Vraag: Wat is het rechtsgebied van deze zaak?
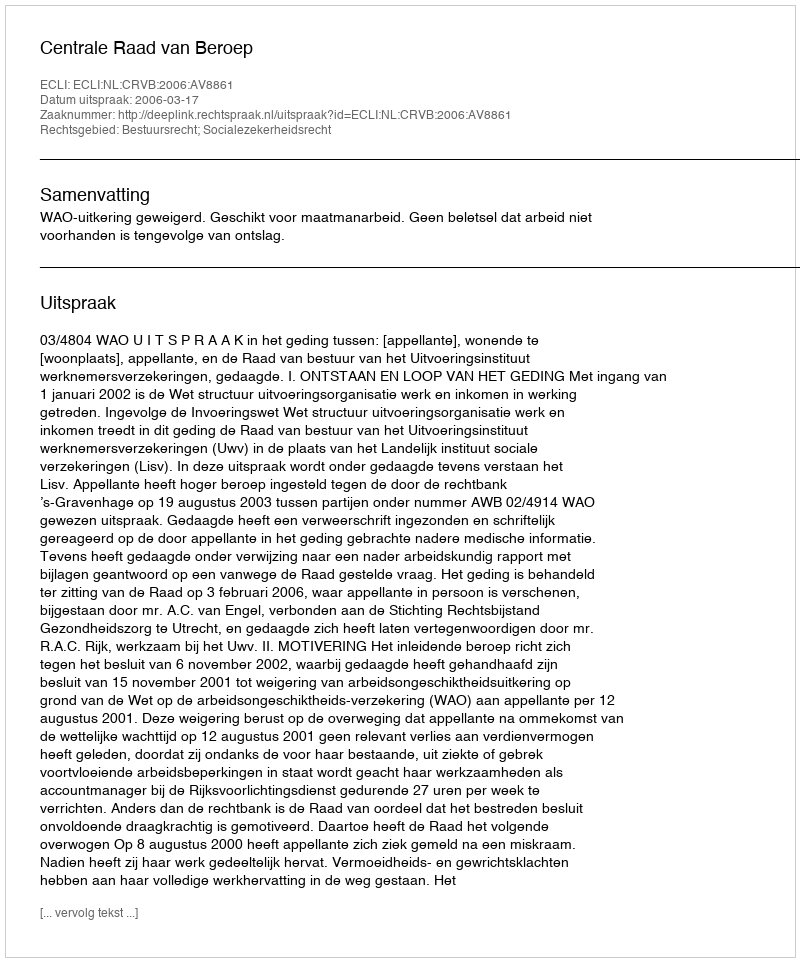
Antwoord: Bestuursrecht; Socialezekerheidsrecht